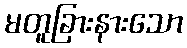
မတူခြားနားသော